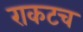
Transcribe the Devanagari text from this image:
राकटच